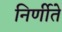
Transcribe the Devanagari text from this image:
निर्णीते